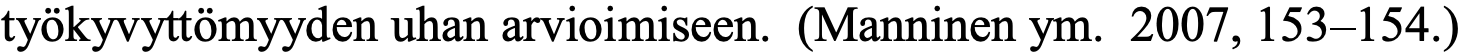
työkyvyttömyyden uhan arvioimiseen. (Manninen ym. 2007, 153–154.)